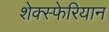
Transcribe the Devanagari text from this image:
शेक्स्फेरियान